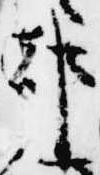
都